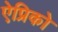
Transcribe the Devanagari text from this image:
ऐप्रिको